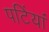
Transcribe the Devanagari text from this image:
पटिंयां